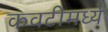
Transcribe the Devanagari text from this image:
कवटीमध्ये